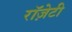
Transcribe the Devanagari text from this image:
रॉज़ेटी